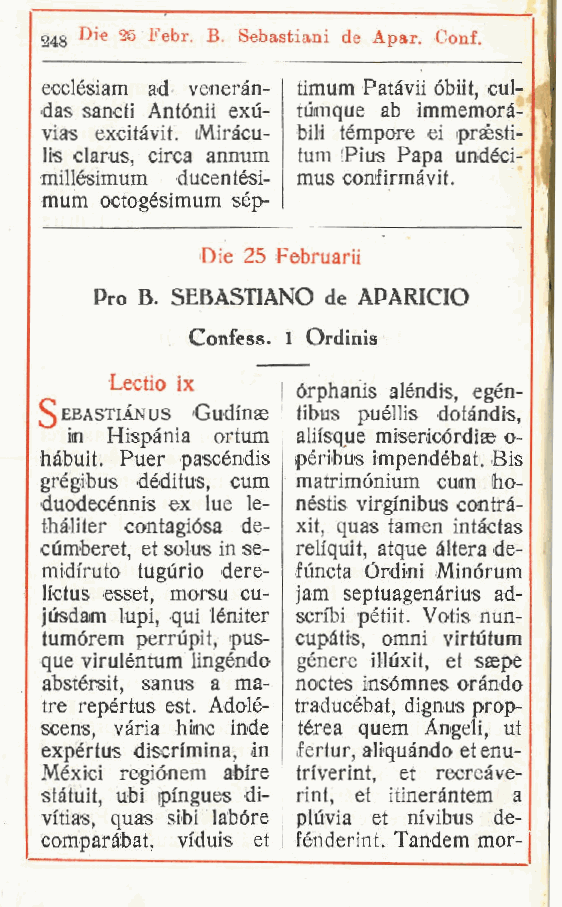
Di« 25 Febr B. Sebastiani de Apar. Conf.
 248       .
 ecclésiam ad veneràn- timum Patàvii obiit, cul-
 das sancti Antónii exù- tùmque ab immemorà-
 vias excitàvit. (Miràcu- bili tèmpore ei iprsesti-
 lis clarus, circa annum tum Pius Papa undéci-
 millésimum ducentési- mus conlirmàvit.
 mum octogésimum sép-
 Die 25 Februarii
 Pro B. SEBASTIANO de APARICIO
 Confess. 1 Ordinis
 Lectio ix
 órphanis aléndis, egén-
 ebastiànus Gudinae tibus puéllis dotàndis,
 in Hispània ortum aliisque misericórdise o-
 hàbuit. Puer pascéndis péribus impendébat. Bis
 grégibus déditus, cum matrimónium cum ho-
 duodecénnis ex lue le- néstis virgfnibus contrà-
 thàliter contagiósa de- xit, quas tamen intàctas
 cùmberet et solus in se- reliquit, atque àltera de-
 ,
 midi'ruto tugùrio dere- fùncta Órdini Minórum
 h'ctus esset, morsu cu- jam septuagenàrius ad-
 jùsdam lupi, qui léniter scribi pétiit. Votis nun-
 tumórem perrùpit, pus- cupàtis, omni virtùtum
 que viruléntum Ungendo gènere illuxit, et saepe
 abstérsit, sanus a ma- noctes insómnes oràndo
 ire repértus est. Adolé- traducébat, dignus prop-
 scens, vària bine inde térea quem Angeli, ut
 expértus discrimina, in fértur, aliquàndo et enu-
 Méxici regiónem abire tn'verint, et recreàve-
 statuii, ubi ipingues di- rint, et itineràntem a
 vftias, quas sibi labóre plùvia et m'vibus de-
 comparàbat, viduis et fénderint. Tandem mor-